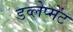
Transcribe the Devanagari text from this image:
डव्लेप्मेंट